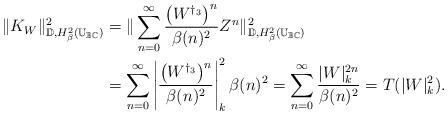
LaTeX: \begin{align*} \|K_W\|^2_{\mathbb{D},{H^2_\beta(\mathbb{U}_{\mathbb{B}\mathbb{C}})}}&= \|\sum_{n=0}^{\infty}\frac{\left(W^{\dagger_3}\right)^n}{\beta(n)^2}Z^n\|^2_{\mathbb{D},{H^2_\beta(\mathbb{U}_{\mathbb{B}\mathbb{C}})}}\\&=\sum_{n=0}^{\infty}\left|\frac{\left(W^{\dagger_3}\right)^n}{\beta(n)^2}\right|_k^2\beta(n)^2=\sum_{n=0}^{\infty}\frac{ |W|_k^{2n}}{\beta(n)^2}=T(|W|^2_k). \end{align*}